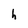
Character: h